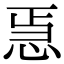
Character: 𭜳